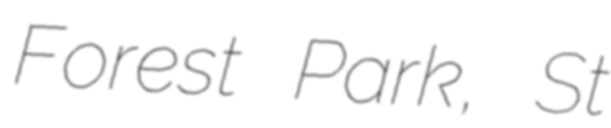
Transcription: Forest Park, St